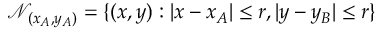
\mathcal { N } _ { ( x _ { A } , y _ { A } ) } = \{ ( x , y ) : | x - x _ { A } | \leq r , | y - y _ { B } | \leq r \}